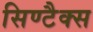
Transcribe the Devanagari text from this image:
सिण्टैक्स